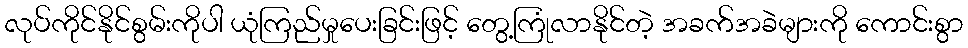
လုပ်ကိုင်နိုင်စွမ်းကိုပါ ယုံကြည်မှုပေးခြင်းဖြင့် တွေ့ကြုံလာနိုင်တဲ့ အခက်အခဲများကို ကောင်းစွာ